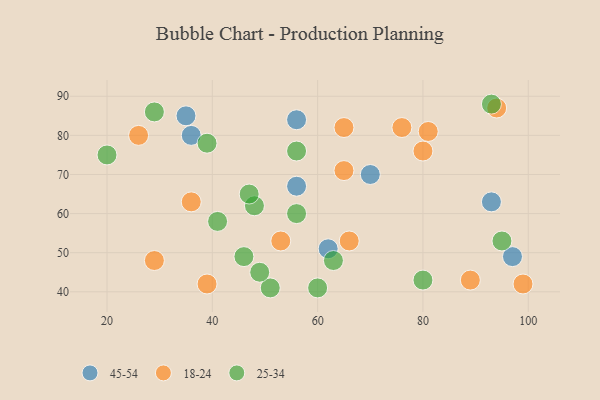
{"axis": {"x": "GDP", "y": "Life Expectancy"}, "legend": ["18-24", "25-34", "45-54"], "data": [{"x": "35", "y": 85, "type": "45-54"}, {"x": "62", "y": 51, "type": "45-54"}, {"x": "97", "y": 49, "type": "45-54"}, {"x": "36", "y": 80, "type": "45-54"}, {"x": "93", "y": 63, "type": "45-54"}, {"x": "56", "y": 84, "type": "45-54"}, {"x": "56", "y": 67, "type": "45-54"}, {"x": "70", "y": 70, "type": "45-54"}, {"x": "66", "y": 53, "type": "18-24"}, {"x": "80", "y": 76, "type": "18-24"}, {"x": "53", "y": 53, "type": "18-24"}, {"x": "29", "y": 48, "type": "18-24"}, {"x": "99", "y": 42, "type": "18-24"}, {"x": "36", "y": 63, "type": "18-24"}, {"x": "39", "y": 42, "type": "18-24"}, {"x": "81", "y": 81, "type": "18-24"}, {"x": "65", "y": 82, "type": "18-24"}, {"x": "76", "y": 82, "type": "18-24"}, {"x": "89", "y": 43, "type": "18-24"}, {"x": "94", "y": 87, "type": "18-24"}, {"x": "26", "y": 80, "type": "18-24"}, {"x": "65", "y": 71, "type": "18-24"}, {"x": "56", "y": 60, "type": "25-34"}, {"x": "46", "y": 49, "type": "25-34"}, {"x": "51", "y": 41, "type": "25-34"}, {"x": "93", "y": 88, "type": "25-34"}, {"x": "60", "y": 41, "type": "25-34"}, {"x": "20", "y": 75, "type": "25-34"}, {"x": "41", "y": 58, "type": "25-34"}, {"x": "49", "y": 45, "type": "25-34"}, {"x": "29", "y": 86, "type": "25-34"}, {"x": "48", "y": 62, "type": "25-34"}, {"x": "95", "y": 53, "type": "25-34"}, {"x": "56", "y": 76, "type": "25-34"}, {"x": "80", "y": 43, "type": "25-34"}, {"x": "47", "y": 65, "type": "25-34"}, {"x": "39", "y": 78, "type": "25-34"}, {"x": "63", "y": 48, "type": "25-34"}]}